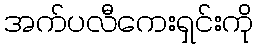
အက်ပလီကေးရှင်းကို